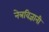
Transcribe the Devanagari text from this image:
नेत्रविज्ञानी